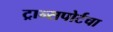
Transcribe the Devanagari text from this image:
ट्रान्सपोर्टचा